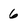
Character: 6